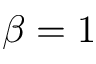
\beta = 1